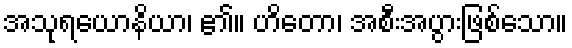
အသုရယောနိယာ၊ ၏။ ဟိတော၊ အစီးအပွားဖြစ်သော။